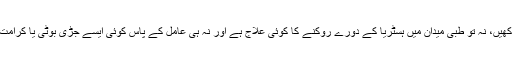
یاد رکھیں، نہ تو طبی میدان میں ہسٹریا کے دورے روکنے کا کوئی علاج ہے اور نہ ہی عامل کے پاس کوئی ایسے جڑی بوٹی یا کرامت ہے۔